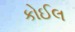
કોઈલ